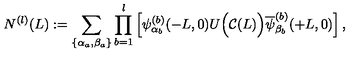
N ^ { ( l ) } ( L ) : = \sum _ { \{ \alpha _ { a } , \beta _ { a } \} } \prod _ { b = 1 } ^ { l } \left[ \psi _ { \alpha _ { b } } ^ { ( b ) } ( - L , 0 ) U \Big ( { \cal C } ( L ) \Big ) \overline { { \psi } } _ { \beta _ { b } } ^ { ( b ) } ( + L , 0 ) \right] ,